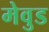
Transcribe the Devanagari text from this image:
मेवुड